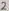
Text: 2